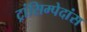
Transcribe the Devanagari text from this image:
ट्रांसिम्पेदांस